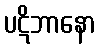
ပဋိဘာနော